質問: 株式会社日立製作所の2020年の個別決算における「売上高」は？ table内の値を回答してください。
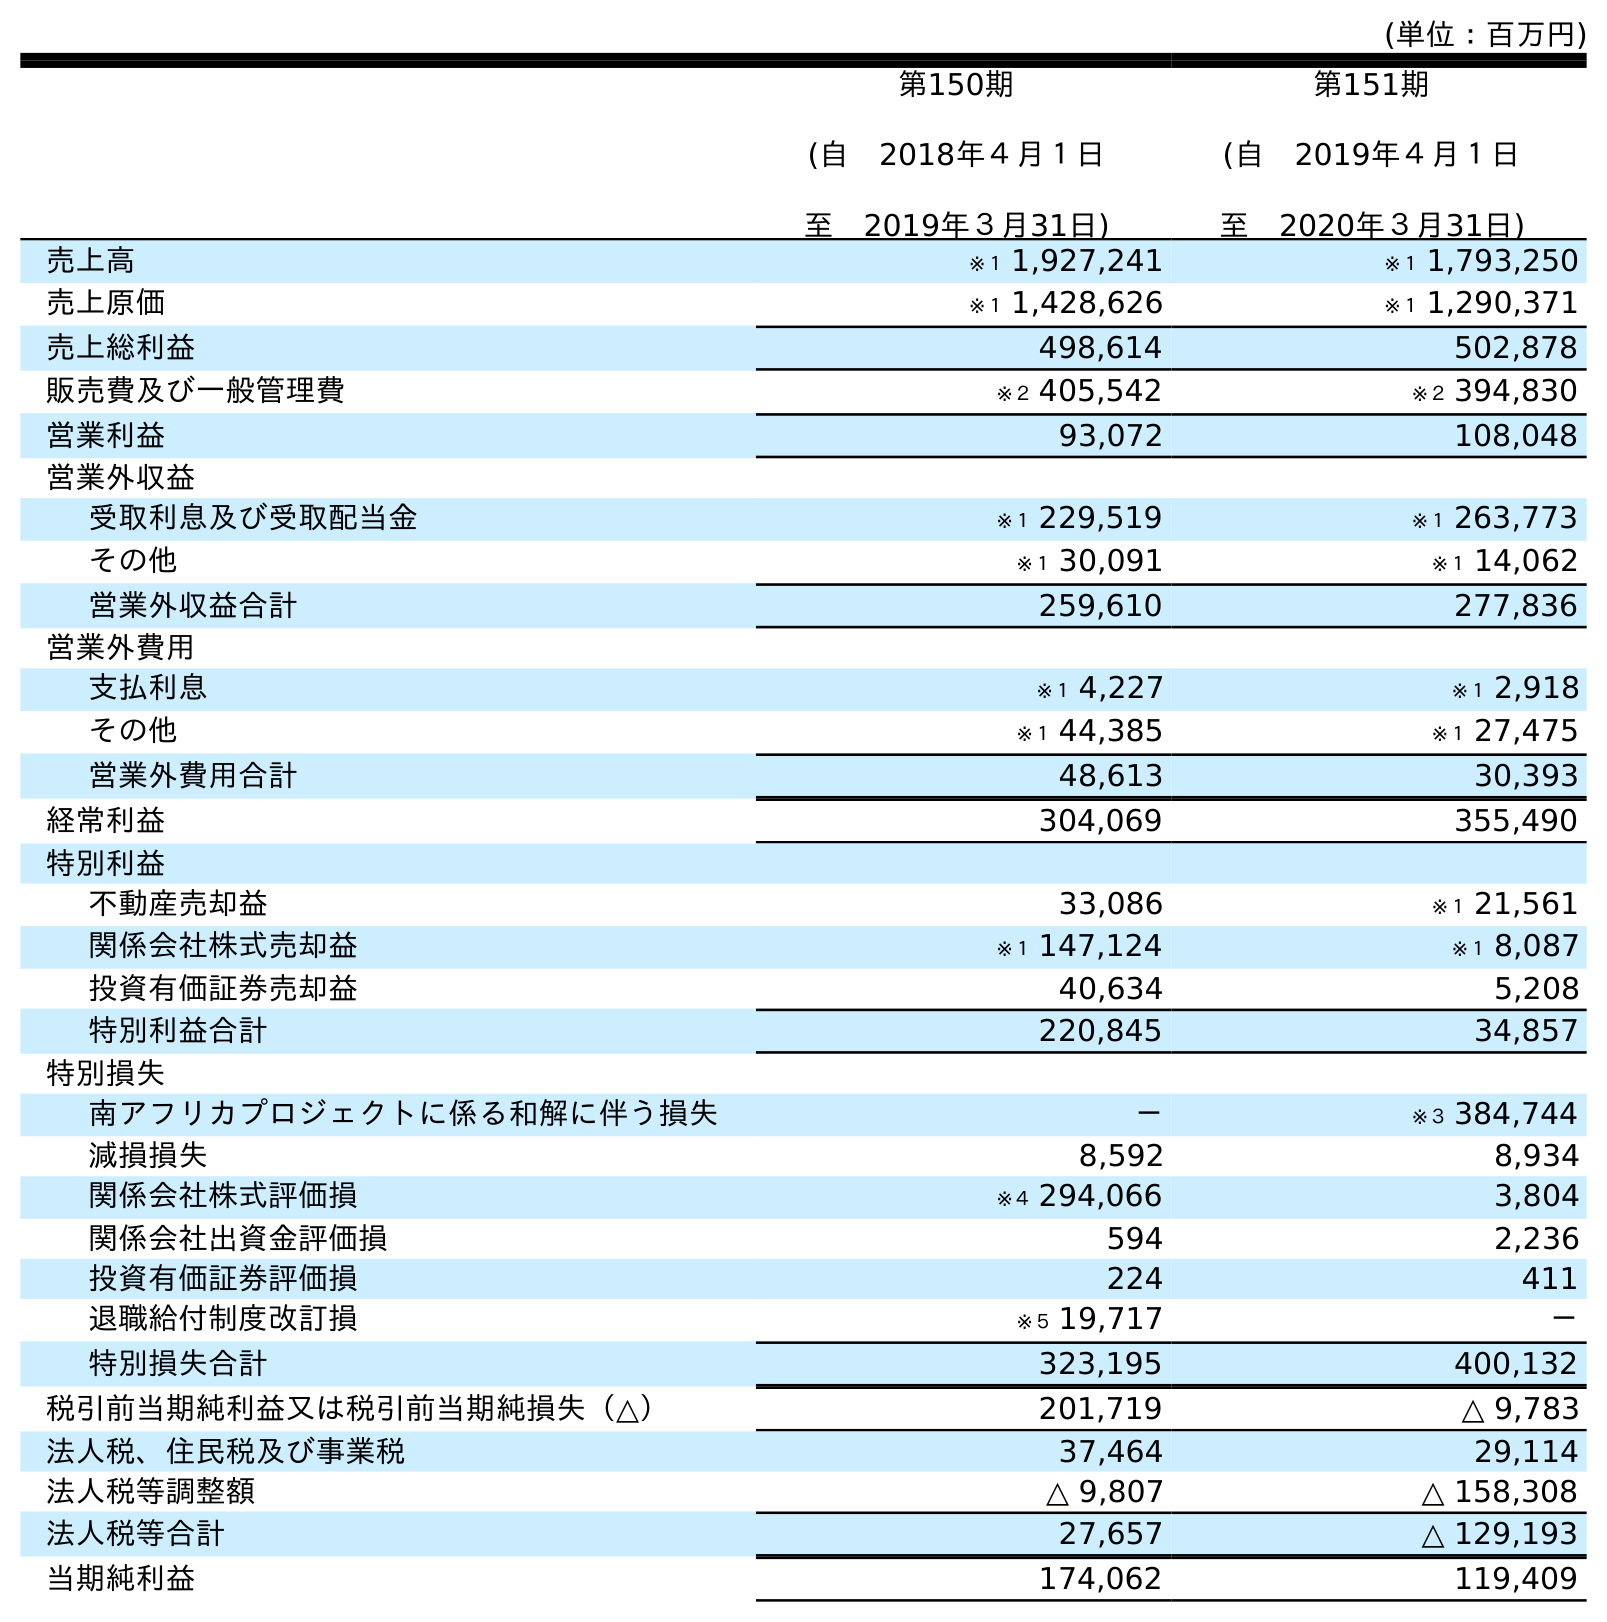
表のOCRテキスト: (単位：百万円) 第150期 (自 2018年４月１日 至 2019年３月31日) 第151期 (自 2019年４月１日 至 2020年３月31日) 売上高 ※１ 1,927,241 ※１ 1,793,250 売上原価 ※１ 1,428,626 ※１ 1,290,371 売上総利益 498,614 502,878 販売費及び一般管理費 ※２ 405,542 ※２ 394,830 営業利益 93,072 108,048 営業外収益 受取利息及び受取配当金 ※１ 229,519 ※１ 263,773 その他 ※１ 30,091 ※１ 14,062 営業外収益合計 259,610 277,836 営業外費用 支払利息 ※１ 4,227 ※１ 2,918 その他 ※１ 44,385 ※１ 27,475 営業外費用合計 48,613 30,393 経常利益 304,069 355,490 特別利益 不動産売却益 33,086 ※１ 21,561 関係会社株式売却益 ※１ 147,124 ※１ 8,087 投資有価証券売却益 40,634 5,208 特別利益合計 220,845 34,857 特別損失 南アフリカプロジェクトに係る和解に伴う損失 － ※３ 384,744 減損損失 8,592 8,934 関係会社株式評価損 ※４ 294,066 3,804 関係会社出資金評価損 594 2,236 投資有価証券評価損 224 411 退職給付制度改訂損 ※５ 19,717 － 特別損失合計 323,195 400,132 税引前当期純利益又は税引前当期純損失（△） 201,719 △ 9,783 法人税、住民税及び事業税 37,464 29,114 法人税等調整額 △ 9,807 △ 158,308 法人税等合計 27,657 △ 129,193 当期純利益 174,062 119,409
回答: ※１1,793,250